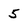
Character: 5